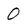
Character: 0